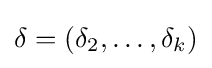
\delta =(\delta _{2},\ldots ,\delta _{k})